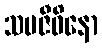
သမဇီဝိနော